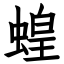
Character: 蝗